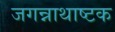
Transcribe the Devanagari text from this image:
जगन्नाथाष्टक